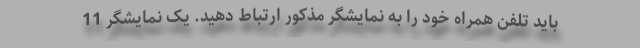
باید تلفن همراه خود را به نمایشگر مذکور ارتباط دهید. یک نمایشگر 11